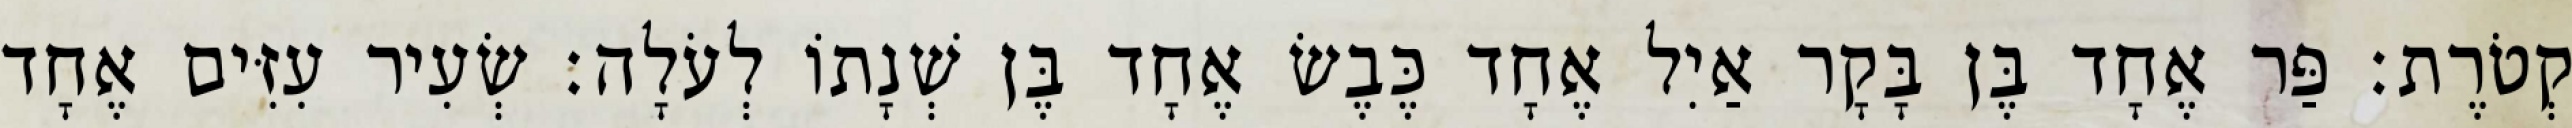
קְטֹרֶת׃ פַּר אֶחָד בֶּן בָּקָר אַיִל אֶחָד כֶּבֶשׂ אֶחָד בֶּן שְׁנָתוֹ לְעֹלָה׃ שְׂעִיר עִזִּים אֶחָד